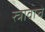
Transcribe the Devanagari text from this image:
स्त्रावाचे